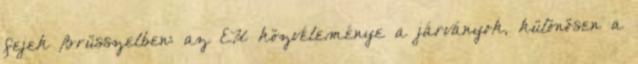
fejek Brüsszelben: az EU közvéleménye a járványok, különösen a